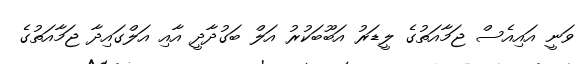
ވަނީ އައިއެސް ޖަމާއަތުގެ ލީޑަރު އަބޫބަކުރު އަލް ބަގުދާދީ އާއި އަލްގައިދާ ޖަމާއަތުގެ